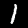
Digit: 1